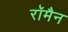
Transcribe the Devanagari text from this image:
रॉमैन